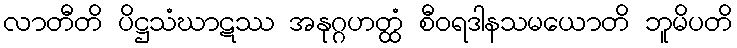
လာတီတိ ပိဋ္ဌသံဃာဋဿ အနုဂ္ဂဟတ္ထံ စီဝရဒါနသမယောတိ ဘူမိပတိ